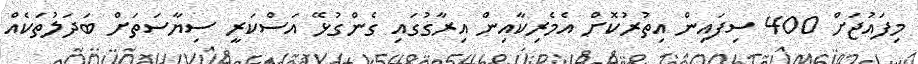
މިފައުޖަށް 400 ސިފައިން އިތުރުކޮށް އެމެރިކާއިން އިރާގުގައި ގެންގުޅޭ އަސްކަރީ ސިޔާސަތަށް ބަދަލުތަކެއް